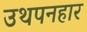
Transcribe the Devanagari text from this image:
उथपनहार